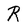
Character: R